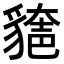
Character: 𧳾